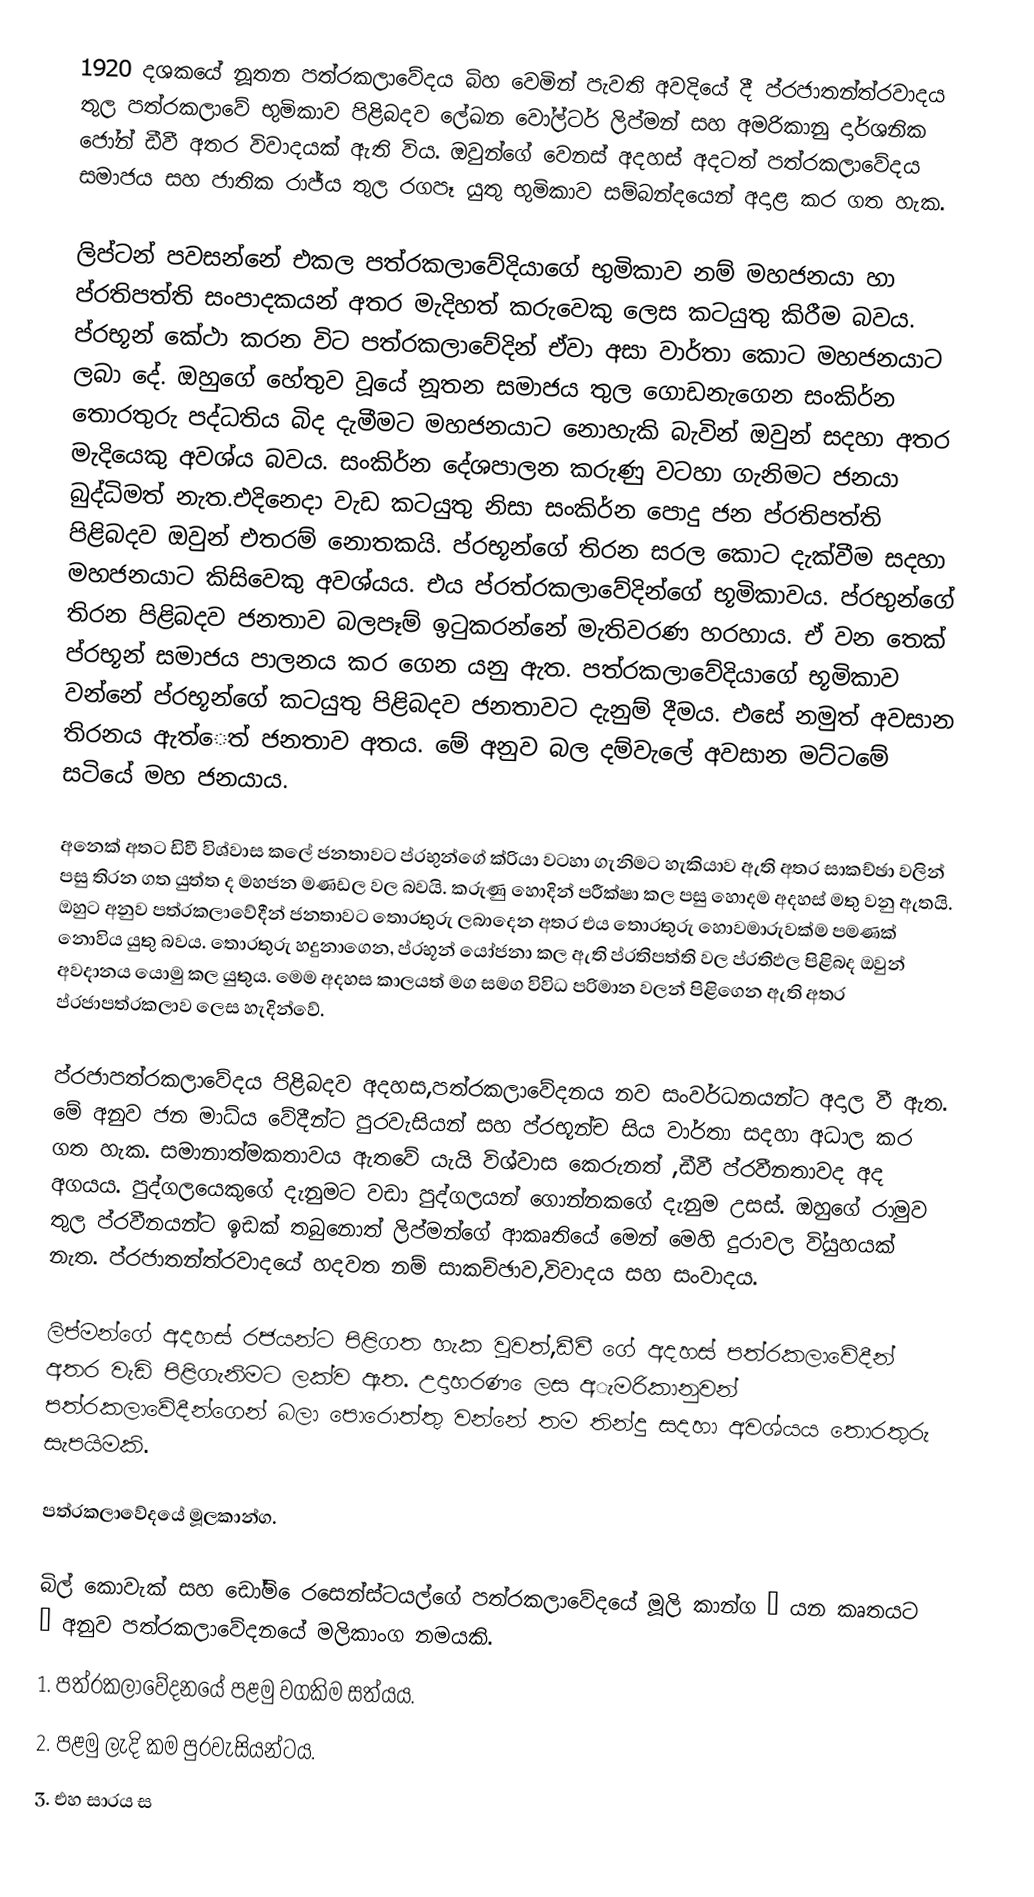
1920 දශකයේ නූතන පත්රකලාවේදය බිහ වෙමින් පැවති අවදියේ දී ප්රජාතන්ත්රවාදය තුල පත්රකලාවේ භුමිකාව පිළිබදව ලේඛන වෝල්ටර් ලිප්මන් සහ අමරිකානු දාර්ශනික ජෝන් ඩීවී අතර විවාදයක් ඇති විය. ඔවුන්ගේ වෙනස් අදහස් අදටත් පත්රකලාවේදය සමාජය සහ ජාතික රාජ්ය තුල රගපෑ යුතු භුමිකාව සම්බන්දයෙන් අදාළ කර ගත හැක.

ලිප්ටන් පවසන්නේ එකල පත්රකලාවේදියාගේ භුමිකාව නම් මහජනයා හා ප්රතිපත්ති සංපාදකයන් අතර මැදිහත් කරුවෙකු ලෙස කටයුතු කිරීම  බවය. ප්රභූන් කේථා කරන විට පත්රකලාවේදින් ඒවා අසා  වාර්තා කොට මහජනයාට ලබා දේ. ඔහුගේ හේතුව වූයේ නූතන සමාජය තුල ගොඩනැගෙන සංකිර්න තොරතුරු පද්ධතිය බිද දැමීමට මහජනයාට නොහැකි බැවින් ඔවුන් සදහා අතර මැදියෙකු අවශ්ය බවය. සංකිර්න දේශපාලන කරුණු වටහා ගැනිමට ජනයා බුද්ධිමත් නැත.එදිනෙදා වැඩ කටයුතු නිසා සංකිර්න පොදු ජන ප්රතිපත්ති පිළිබදව ඔවුන් එතරම් නොතකයි. ප්රභූන්ගේ තිරන සරල කොට දැක්වීම සදහා මහජනයාට කිසිවෙකු අවශ්යය. එය ප්රත්රකලාවේදින්ගේ භූමිකාවය. ප්රභුන්ගේ තිරන පිළිබදව ජනතාව බලපෑම් ඉටුකරන්නේ මැතිවරණ හරහාය. ඒ වන තෙක් ප්රභූන් සමාජය පාලනය කර ගෙන යනු ඇත. පත්රකලාවේදියාගේ භූමිකාව වන්නේ ප්රභූන්ගේ කටයුතු පිළිබදව ජනතාවට දැනුම් දීමය. එසේ නමුත් අවසාන තිරනය ඇත්ෙත් ජනතාව අතය. මේ අනුව බල දම්වැලේ අවසාන මට්ටමේ සටියේ මහ ජනයාය.

  අනෙක් අතට  ඩිවී විශ්වාස කලේ ජනතාවට ප්රභුන්ගේ ක්රියා වටහා ගැනිමට හැකියාව ඇති අතර සාකච්ඡා වලින් පසු තිරන ගත යුත්ත ද මහජන මණඩල වල බවයි. කරුණු හොදින් පරීක්ෂා කල පසු හොදම අදහස් මතු වනු ඇතයි. ඔහුට අනුව පත්රකලාවේදීන් ජනතාවට තොරතුරු ලබාදෙන අතර එය තොරතුරු හොවමාරුවක්ම පමණක් නොවිය යුතු බවය. තොරතුරු හදුනාගෙන, ප්රභූන් යෝජනා කල ඇති ප්රතිපත්ති වල ප්රතිඵල පිළිබද ඔවුන් අවදානය යොමු කල යුතුය. මෙම  අදහස කාලයත් මග සමග විවිධ පරිමාන වලන් පිළිගෙන ඇති අතර ප්රජාපත්රකලාව ලෙස හැදින්වේ.

 ප්රජාපත්රකලාවේදය පිළිබදව අදහස,පත්රකලාවේදනය නව සංවර්ධනයන්ට අදාල වී ඇත. මේ අනුව ජන මාධ්ය වේදීන්ට පුරවැසියන් සහ ප්රභූන්ච සිය වාර්තා සදහා අධාල කර ගත හැක. සමානාත්මකතාවය ඇතවේ යැයි විශ්වාස කෙරුනත් ,ඩීවී ප්රවීනතාවද අද අගයය. පුද්ගලයෙකුගේ දැනුමට වඩා පුද්ගලයන් ගොන්නකගේ දැනුම උසස්. ඔහුගේ රාමුව තුල ප්රවීනයන්ට ඉඩක් තබුනොත් ලිප්මන්ගේ ආකෘතියේ මෙන් මෙහි දුරාවල වි්යුහයක් නැත. ප්රජාතන්ත්රවාදයේ හදවත නම් සාකච්ඡාව,විවාදය සහ සංවාදය.

ලිප්මන්ගේ අදහස් රජයන්ට පිළිගත හැක වුවත්,ඩීවී ගේ අදහස් පත්රකලාවේදීන් අතර වැඩි පිළිගැනිමට ලක්ව ඇත. උදාහරණ ෙලස අැමරිකානුවන් පත්රකලාවේදීන්ගෙන් බලා පොරොත්තු වන්නේ තම තින්දු සදහා අවශ්යය තොරතුරු සැපයිමකි.

  පත්රකලාවේදයේ මූලකාන්ග.

බිල් කොවැක් සහ ඩෝම් ෙරසෙන්ස්ටයල්ගේ පත්රකලාවේදයේ මූලි කාන්ග “ යන කෘතයට ” අනුව පත්රකලාවේදනයේ මලිකාංග නමයකි.
1. පත්රකලාවේදනයේ පළමු වගකිම සත්යය.
2. පළමු ලැදි කම පුරවැසියන්ටය.
3. එහ සාරය ස